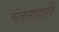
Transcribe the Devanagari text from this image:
चेतनाहारी